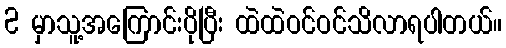
2 မှာသူ့အကြောင်းပိုပြီး ထဲထဲဝင်ဝင်သိလာရပါတယ်။